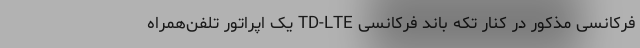
فرکانسی مذکور در کنار تکه باند فرکانسی TD-LTE یک اپراتور تلفن‌همراه